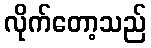
လိုက်တော့သည်